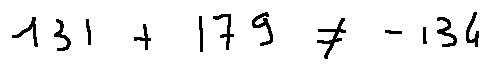
1 3 1 + 1 7 9 \neq - 1 3 4